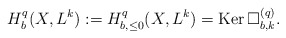
\begin{align*} H_b^q(X,L^k):=H^q_{b,\leq0}(X,L^k)={\rm Ker\,}\Box^{(q)}_{b,k}.\end{align*}